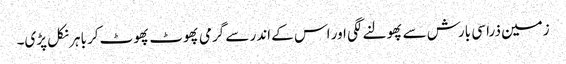
زمین ذرا سی بارش سے پھولنے لگی اور اس کے اندر سے گرمی پھوٹ پھوٹ کر باہر نکل پڑی۔